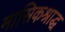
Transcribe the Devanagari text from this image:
मासिकश्राद्ध